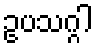
ဥပသဂ္ဂါ